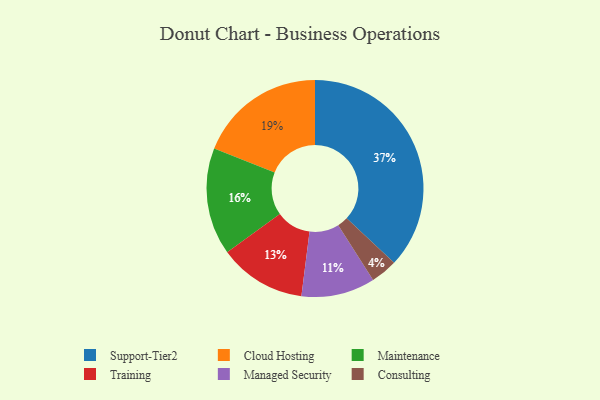
{"axis": {"x": "Category", "y": "Percentage"}, "legend": ["Cloud Hosting", "Consulting", "Maintenance", "Managed Security", "Support-Tier2", "Training"], "data": [{"x": "Cloud Hosting", "y": 19, "type": "Cloud Hosting"}, {"x": "Maintenance", "y": 16, "type": "Maintenance"}, {"x": "Support-Tier2", "y": 37, "type": "Support-Tier2"}, {"x": "Consulting", "y": 4, "type": "Consulting"}, {"x": "Managed Security", "y": 11, "type": "Managed Security"}, {"x": "Training", "y": 13, "type": "Training"}]}